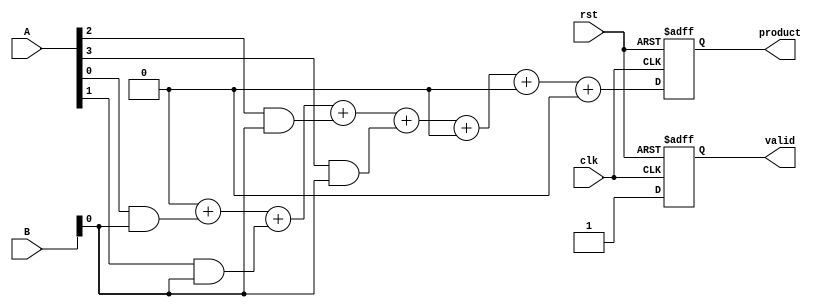
module systolic_multiplier #(parameter WIDTH_A = 4, WIDTH_B = 4)(
    input clk,
    input rst,
    input [WIDTH_A-1:0] A,
    input [WIDTH_B-1:0] B,
    output reg [WIDTH_A + WIDTH_B - 1:0] product,
    output reg valid
);

// Processing Element (PE) declaration
genvar i, j;
wire [WIDTH_A + WIDTH_B - 1:0] partial_product[WIDTH_A-1:0][WIDTH_B-1:0];
wire [WIDTH_A + WIDTH_B - 1:0] sum[WIDTH_A + WIDTH_B - 2:0];

// Array of PEs
generate
    for (i = 0; i < WIDTH_A; i = i + 1) begin : row
        for (j = 0; j < WIDTH_B; j = j + 1) begin : col
            assign partial_product[i][j] = A[i] & B[j];
        end
    end
endgenerate

// Accumulation logic
// Using a simple tree structure for accumulation
// Simple carry-save adder approach
// Initialize the sum array
generate
    for (i = 0; i < WIDTH_A + WIDTH_B - 1; i = i + 1) begin : acc
        if (i == 0) begin
            assign sum[i] = {WIDTH_A{1'b0}} + partial_product[0][0];
        end else if (i < WIDTH_B) begin
            assign sum[i] = sum[i-1] + partial_product[i][0];
        end else begin
            assign sum[i] = sum[i-1] + (i < WIDTH_A ? partial_product[i-WIDTH_B][WIDTH_B-1] : {WIDTH_A{1'b0}});
        end
    end
endgenerate

// Output logic
always @(posedge clk or posedge rst) begin
    if (rst) begin
        product <= 0;
        valid <= 0;
    end else begin
        product <= sum[WIDTH_A + WIDTH_B - 2];
        valid <= 1;
    end
end

endmodule